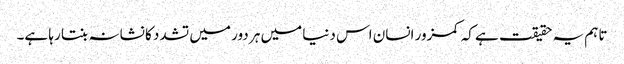
تاہم یہ حقیقت ہے کہ کمزور انسان اس دنیا میں ہر دور میں تشدد کا نشانہ بنتا رہا ہے۔